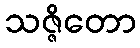
သဇ္ဇိတော